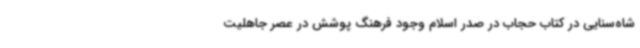
شاه‌سنایی در کتاب حجاب در صدر اسلام وجود فرهنگ پوشش در عصر جاهلیت